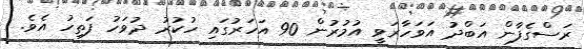
ރަސްގެފާން އަބްދު އަވަހާރަވީ އުމުރުން 90 އަހަރުގައި ހުކުރު ދުވަހު ފަތިހު އެވެ.